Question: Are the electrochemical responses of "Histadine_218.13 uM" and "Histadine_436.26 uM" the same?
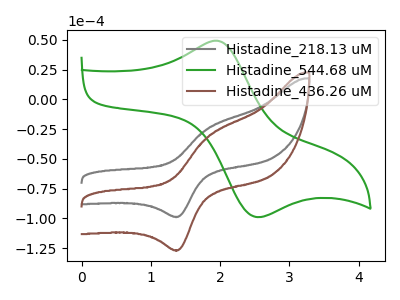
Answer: <think>The gray curve "Histadine_218.13 uM" has an anodic peak at (1.80V, -24.55uA) and a cathodic peak at (1.40V, -98.65uA). The green curve "Histadine_544.68 uM" has an anodic peak at (1.95V, 49.30uA) and a cathodic peak at (2.50V, -98.40uA). The brown curve "Histadine_436.26 uM" has an anodic peak at (1.80V, -31.55uA) and a cathodic peak at (1.40V, -126.75uA).
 All the peaks in "Histadine_218.13 uM" have a peak in "Histadine_436.26 uM" at the same potential.</think>
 <answer>"Histadine_218.13 uM" and "Histadine_436.26 uM" are similar in shape.</answer>
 <eval>same_shape</eval>